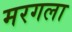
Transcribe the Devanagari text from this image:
मरगला